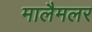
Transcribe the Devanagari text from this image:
मालैमलर